Annual report of the Punjab Veterinary College and of the Civil Veterinary Department, Punjab - 1926-1932
Year: 1926
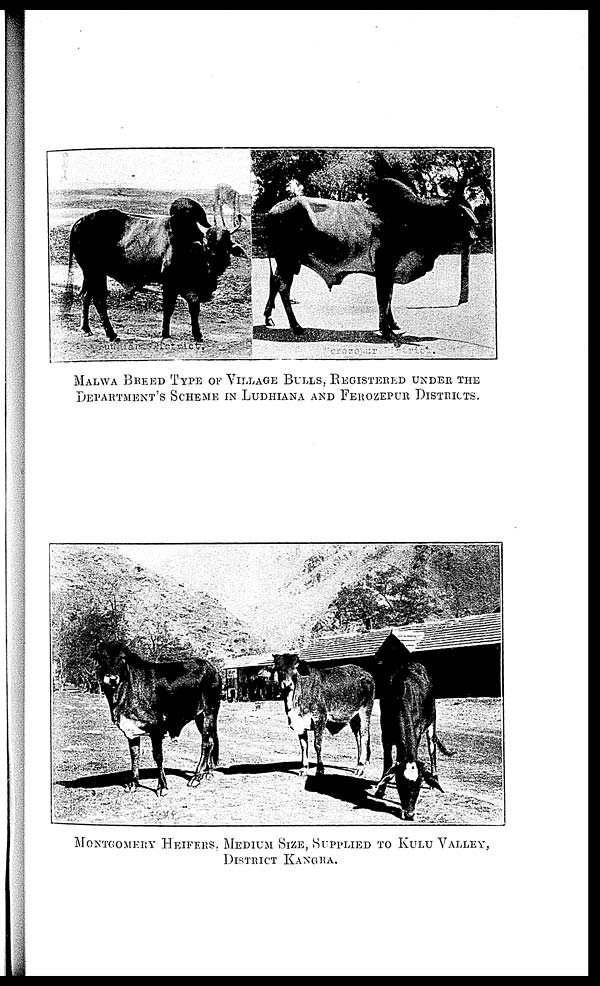
MALWA BREED TYPE OF VILLAGE BULLS, REGISTERED UNDER THE
DEPARTMWNT'S SCHEME IN LUDHIANA AND FEROZEPUR DISTRICTS.
MONTGOMERRY HEIFERS, MEDIUM SIZE, SUPPLIED TO KULU VALLEY,
DISTRICT KANGRA.